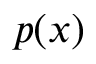
p ( x )